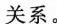
关系。